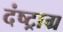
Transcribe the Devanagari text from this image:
दंष्ट्राग्र